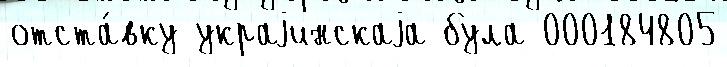
отста́вку украjинскаjа була 000184805